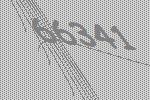
66341